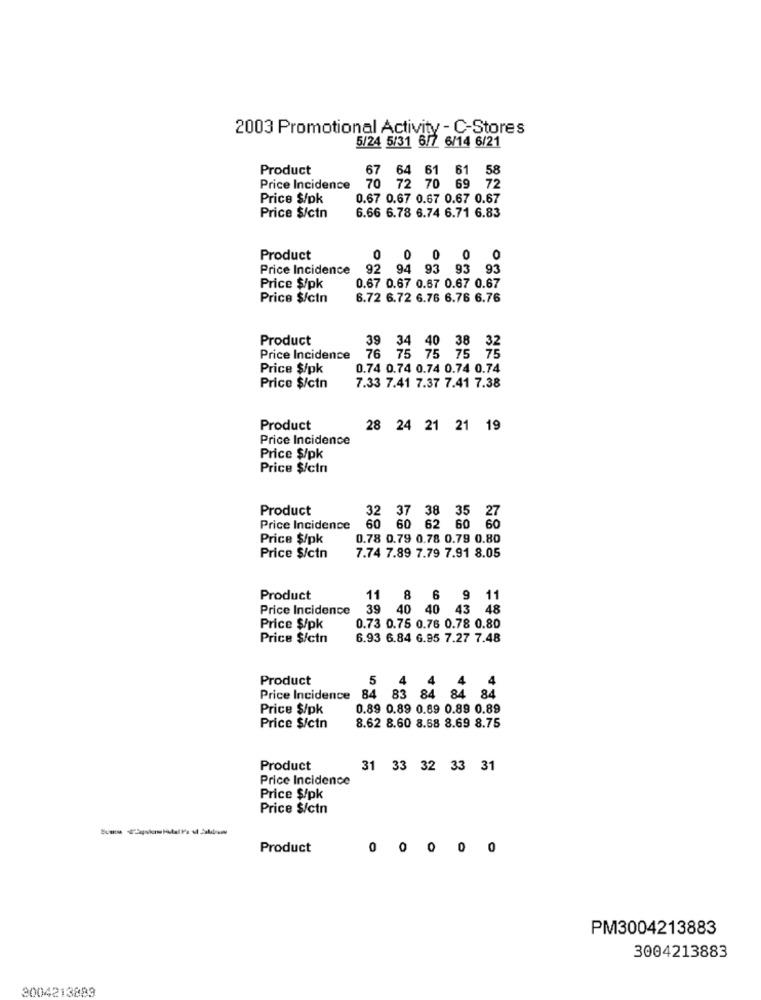
2003 Promotional Activity - C-Stores
5/24 5/31 6/7 6/14 6/21
Product
67 64 61 61 58
Price Incidence
70 72 70 69 7
Price $/pk
0.67 0.67 0.67 0.67 0.67
6.66 6.78 6.74 6.71 6.83
Price $/ctn
Product
0000 0
Price Incidence
92 94 93 93 93
Price $/pk
0.67 0.67 0.67 0.67 0.67
Price $/ctn
6.72 6.72 6.76 6.76 6.76
Product
76 75 75 75 75
39 34 40 38 32
Price Incidence
Price $/pk
0.74 0.74 0.74 0.74 0.74
Price $/ctn
7.33 7.41 7.37 7.41 7.38
Product
28 24 21 21 19
Price Incidence
Price $/pk
Price $/cin
Product
32 37 38 35 27
Price Incidence
60 60 62 60 60
Price $/pk
0.78 0.79 0.78 0.79 0.80
7.74 7.89 7.79 7.91 8.05
Price $/ctn
Product
11
8 6 9 11
Price Incidence
39
40 40 43
0.73 0.75 0.76 0.78 0.80
Price $/pk
Price $/ctn
6.93 6.84 6.95 7.27 7.48
Product
5
Price Incidence
84 83
84
84 84
Price $/pk
0.89 0.89 0.69 0.89 0.89
Price $/ctn
8.62 8.60 8.68 8.69 8.75
Product
31 33 32 33 31
Price Incidence
Price $/pk
Price $/ctn
Product
000 0 0
PM3004213883
3004213883
3004213883